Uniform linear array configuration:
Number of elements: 32
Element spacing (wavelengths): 0.25
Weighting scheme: kaiser
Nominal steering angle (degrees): -30
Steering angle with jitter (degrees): -30.716
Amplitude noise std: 0.05
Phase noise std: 0.05

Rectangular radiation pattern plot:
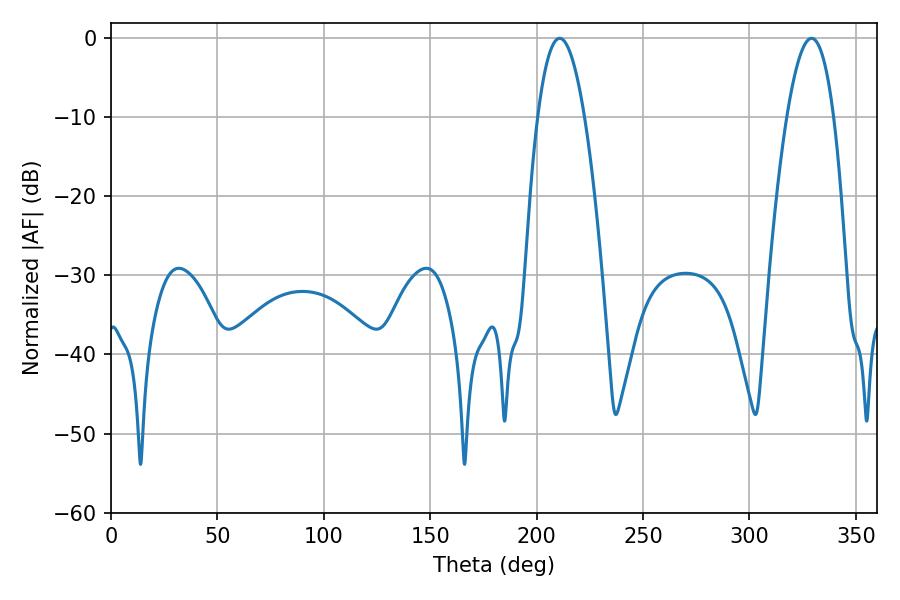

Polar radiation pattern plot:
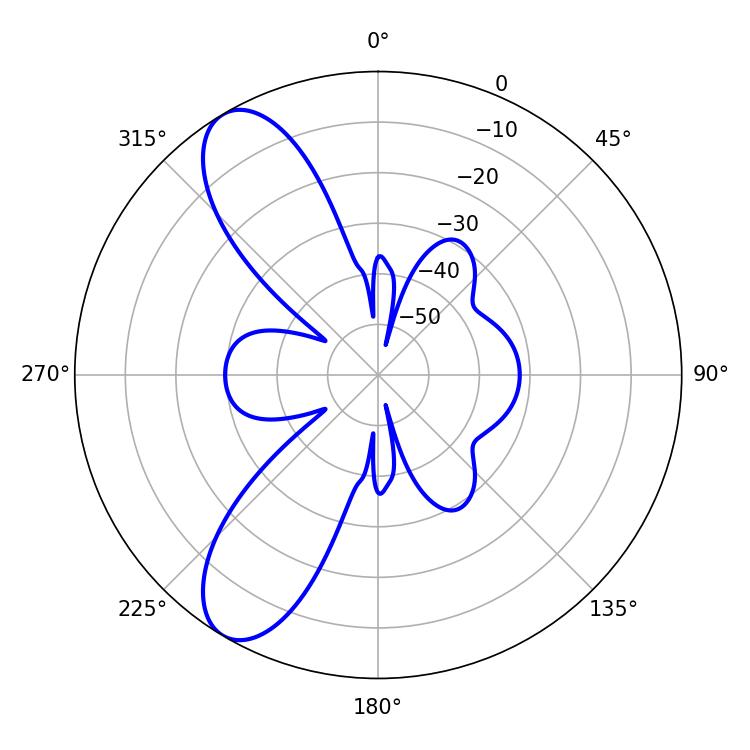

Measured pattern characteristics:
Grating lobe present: FALSE
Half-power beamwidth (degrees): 12.06
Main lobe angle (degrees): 329.22